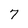
Character: 7